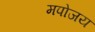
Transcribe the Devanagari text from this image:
मपोजय